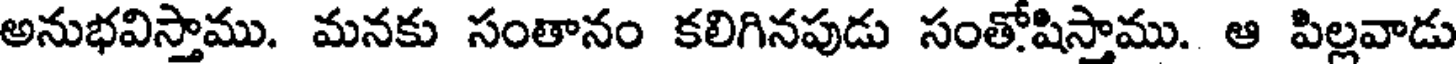
అనుభవిస్తాము. మనకు సంతానం కలిగినపుడు సంతోషిస్తాము. ఆ పిల్లవాడు